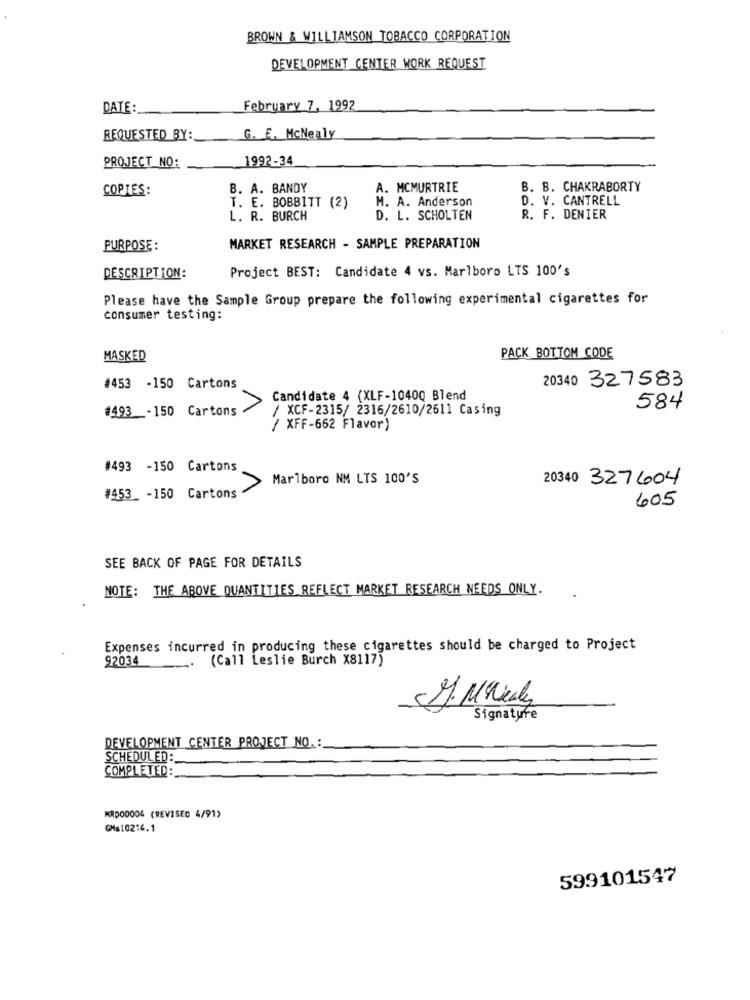
BROWN & WILLIAMSON TOBACCO CORPORATION
DEVELOPMENT CENTER WORK REQUEST
DATE:
February 7, 1992
REQUESTED BY:
G. E. McNealy
1992-34
PROJECT NO:
COPIES:
B. A. BANDY
A. MCMURTRIE
B. B. CHAKRABORTY
T. E. BOBBITT (2)
M. A. Anderson
D. V. CANTRELL
L. R. BURCH
D. L. SCHOLTEN
R. F. DENIER
PURPOSE :
MARKET RESEARCH - SAMPLE PREPARATION
Project BEST: Candidate 4 vs. Marlboro LTS 100's
DESCRIPTION:
Please have the Sample Group prepare the following experimental cigarettes for
consumer testing:
MASKED
PACK BOTTOM CODE
20340 327583
#453 -150 Cartons
Candidate 4 (XLF-1040Q Blend
#493 _- 150 Cartons
/ XCF-2315/ 2316/2610/2611 Casing
584
/ XFF-662 Flavor)
#493 -150 Cartons
Marlboro NM LTS 100'S
20340 327604
#453 -150 Cartons
605
SEE BACK OF PAGE FOR DETAILS
NOTE: THE ABOVE QUANTITIES REFLECT MARKET RESEARCH NEEDS ONLY.
Expenses incurred in producing these cigarettes should be charged to Project
92034
(Call Leslie Burch X8117)
Signature
DEVELOPMENT CENTER PROJECT NO. :
SCHEDULED:
COMPLETED:
MRD00004 (REVISED 4/91)
GMs10214.1
599101547